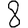
Digit: 8